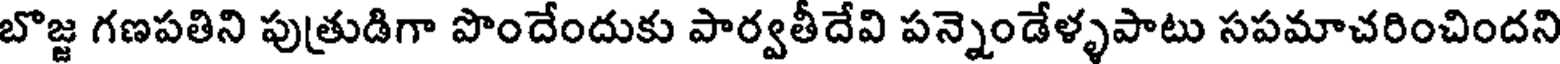
బొజ్జ గణపతిని పుత్రుడిగా పొందేందుకు పార్వతీదేవి పన్నెండేళ్ళపాటు సపమాచరించిందని